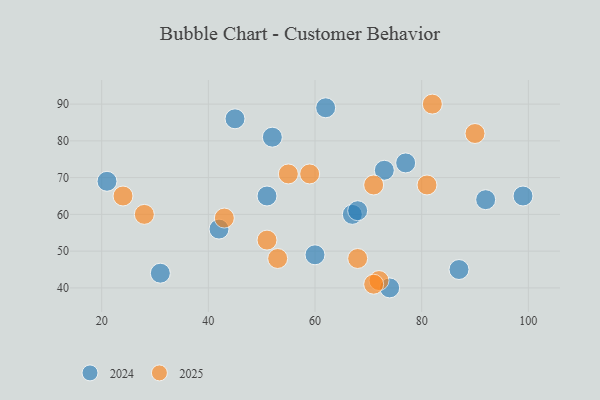
{"axis": {"x": "GDP", "y": "Life Expectancy"}, "legend": ["2024", "2025"], "data": [{"x": "68", "y": 48, "type": "2025"}, {"x": "24", "y": 65, "type": "2025"}, {"x": "72", "y": 42, "type": "2025"}, {"x": "71", "y": 41, "type": "2025"}, {"x": "53", "y": 48, "type": "2025"}, {"x": "43", "y": 59, "type": "2025"}, {"x": "59", "y": 71, "type": "2025"}, {"x": "28", "y": 60, "type": "2025"}, {"x": "71", "y": 68, "type": "2025"}, {"x": "81", "y": 68, "type": "2025"}, {"x": "55", "y": 71, "type": "2025"}, {"x": "90", "y": 82, "type": "2025"}, {"x": "82", "y": 90, "type": "2025"}, {"x": "51", "y": 53, "type": "2025"}, {"x": "67", "y": 60, "type": "2024"}, {"x": "45", "y": 86, "type": "2024"}, {"x": "68", "y": 61, "type": "2024"}, {"x": "99", "y": 65, "type": "2024"}, {"x": "52", "y": 81, "type": "2024"}, {"x": "87", "y": 45, "type": "2024"}, {"x": "74", "y": 40, "type": "2024"}, {"x": "77", "y": 74, "type": "2024"}, {"x": "31", "y": 44, "type": "2024"}, {"x": "51", "y": 65, "type": "2024"}, {"x": "21", "y": 69, "type": "2024"}, {"x": "92", "y": 64, "type": "2024"}, {"x": "73", "y": 72, "type": "2024"}, {"x": "42", "y": 56, "type": "2024"}, {"x": "62", "y": 89, "type": "2024"}, {"x": "60", "y": 49, "type": "2024"}]}